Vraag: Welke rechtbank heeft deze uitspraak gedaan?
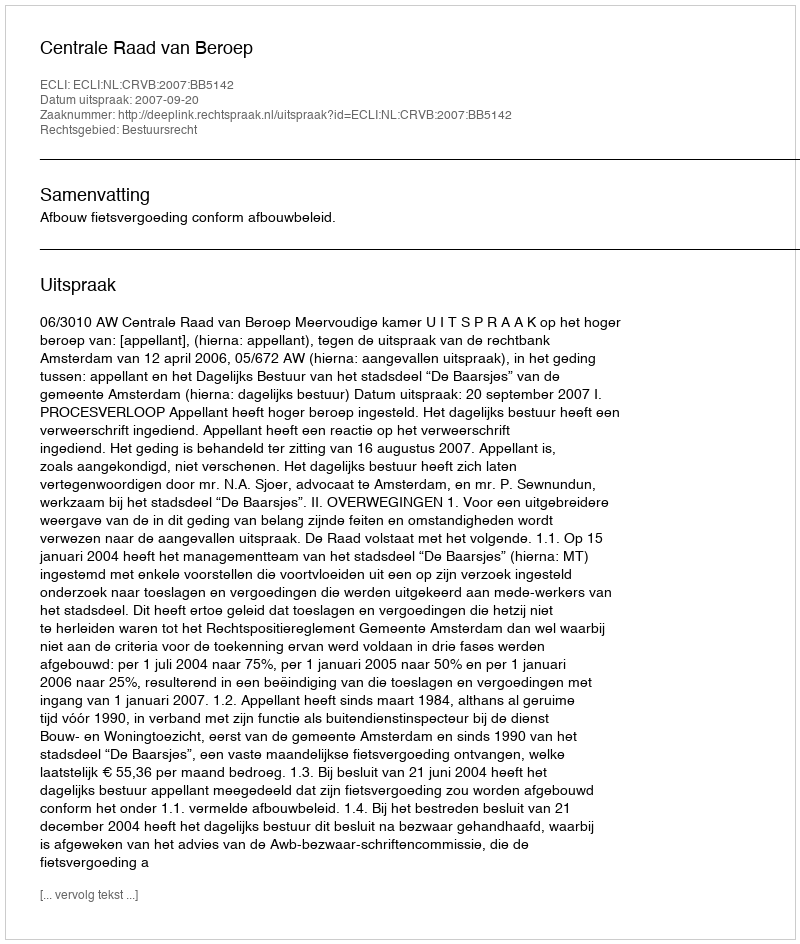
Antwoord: Centrale Raad van Beroep